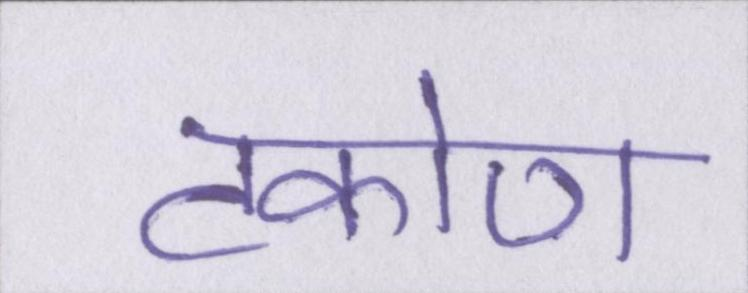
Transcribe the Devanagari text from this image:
टकोण